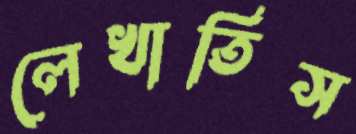
লেখাতিস